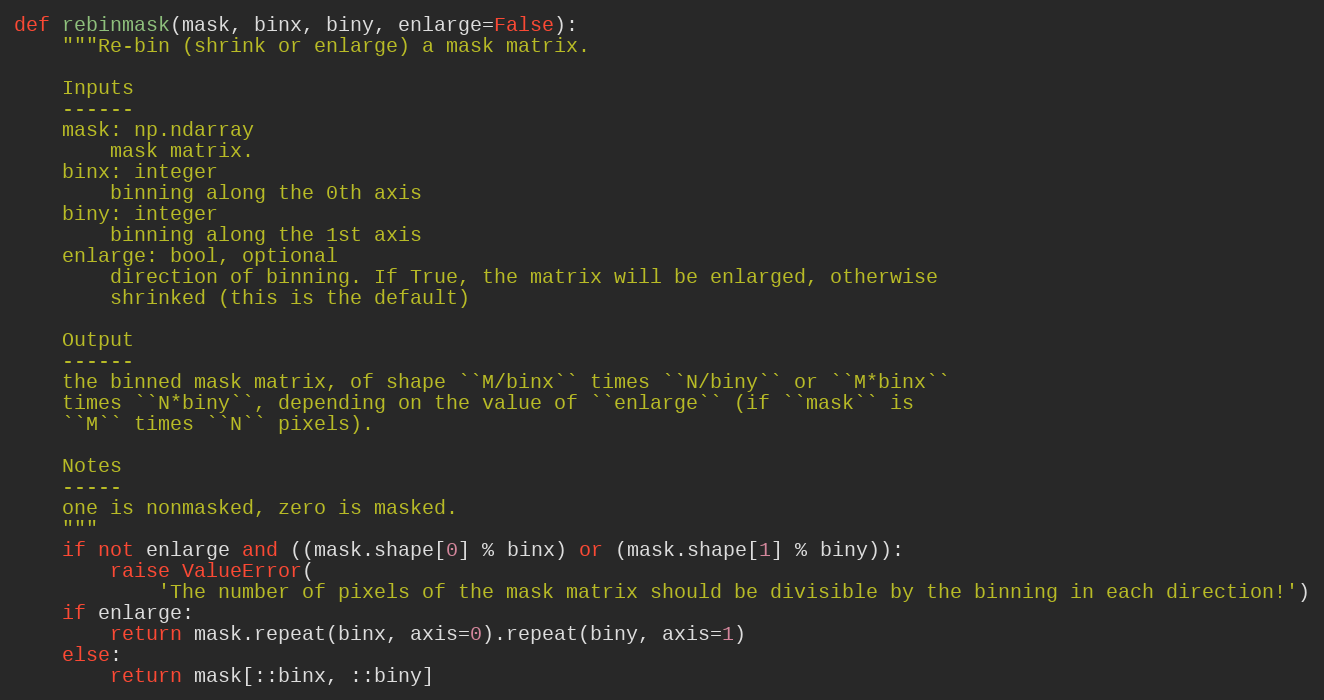
Language: Python
def rebinmask(mask, binx, biny, enlarge=False):
    """Re-bin (shrink or enlarge) a mask matrix.

    Inputs
    ------
    mask: np.ndarray
        mask matrix.
    binx: integer
        binning along the 0th axis
    biny: integer
        binning along the 1st axis
    enlarge: bool, optional
        direction of binning. If True, the matrix will be enlarged, otherwise
        shrinked (this is the default)

    Output
    ------
    the binned mask matrix, of shape ``M/binx`` times ``N/biny`` or ``M*binx``
    times ``N*biny``, depending on the value of ``enlarge`` (if ``mask`` is
    ``M`` times ``N`` pixels).

    Notes
    -----
    one is nonmasked, zero is masked.
    """
    if not enlarge and ((mask.shape[0] % binx) or (mask.shape[1] % biny)):
        raise ValueError(
            'The number of pixels of the mask matrix should be divisible by the binning in each direction!')
    if enlarge:
        return mask.repeat(binx, axis=0).repeat(biny, axis=1)
    else:
        return mask[::binx, ::biny]